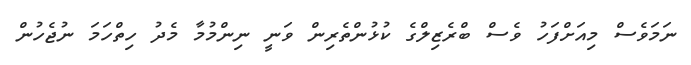
ނަމަވެސް މިއަށްފަހު ވެސް ބްރެޒިލްގެ ކުޅުންތެރިން ވަނީ ނިންމުމާ މެދު ހިތްހަމަ ނުޖެހުން